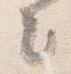
々